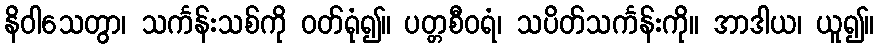
နိဝါသေတွာ၊ သင်္ကန်းသစ်ကို ဝတ်ရုံ၍။ ပတ္တစီဝရံ၊ သပိတ်သင်္ကန်းကို။ အာဒါယ၊ ယူ၍။